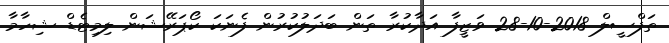
ތަފްސީލް 2018-10-28 ވަޒީފާ އަދާކުރާ ތަން ބަދަލުކުރުން ފެނަކަ ކޯޕަރޭޝަން ލިމިޓެޑް ޝިހާމާ